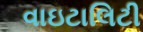
વાઇટાલિટી